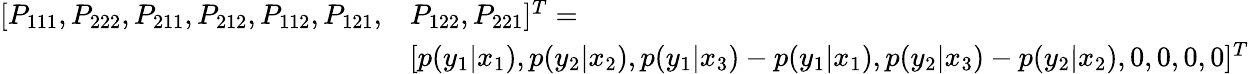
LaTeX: \begin{array}{rl}{[P_{111},P_{222},P_{211},P_{212},P_{112},P_{121},}&{P_{122},P_{221}]^{T}=}\\ &{[p(y_{1}|x_{1}),p(y_{2}|x_{2}),p(y_{1}|x_{3})-p(y_{1}|x_{1}),p(y_{2}|x_{3})-p(y_{2}|x_{2}),0,0,0,0]^{T}}\end{array}